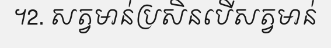
។2. សត្វមាន់ប្រសិនបើសត្វមាន់